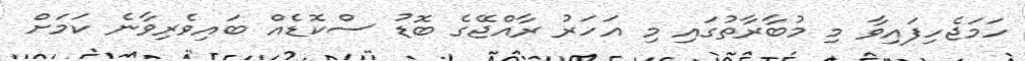
ހަމަޖެހިފައިވާ މި މުބާރާތުގައި މި އަހަރު ރާއްޖޭގެ ބޮޑު ސްކޮޑެއް ބައިވެރިވާނެ ކަމަށް